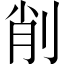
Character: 削